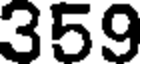
359